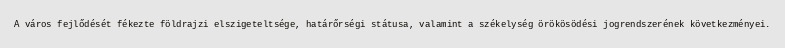
A város fejlődését fékezte földrajzi elszigeteltsége, határőrségi státusa, valamint a székelység örökösödési jogrendszerének következményei.